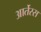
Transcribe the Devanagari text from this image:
आर्तेस्स